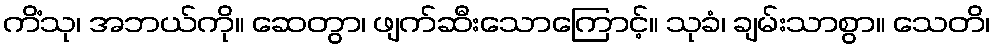
ကိံသု၊ အဘယ်ကို။ ဆေတွာ၊ ဖျက်ဆီးသောကြောင့်။ သုခံ၊ ချမ်းသာစွာ။ သေတိ၊